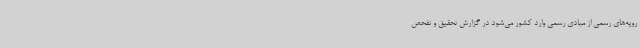
رویه‌های رسمی از مبادی رسمی وارد کشور می‌شود در گزارش تحقیق و تفحص